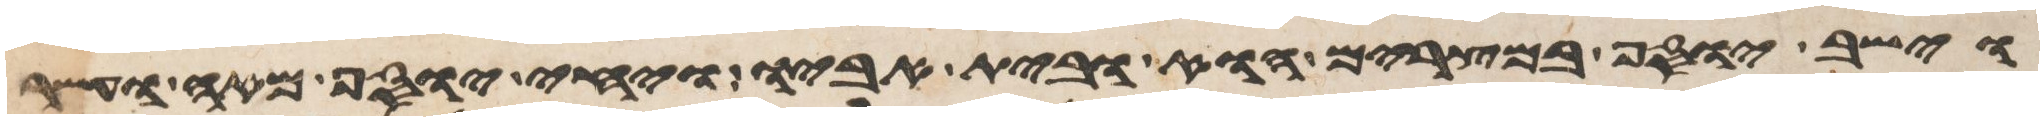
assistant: וישב יוסף במצרים הוא ובית אביו ויחי יוסף מאה ועשר